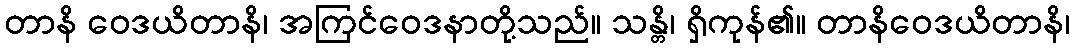
တာနိ ဝေဒယိတာနိ၊ အကြင်ဝေဒနာတို့သည်။ သန္တိ၊ ရှိကုန်၏။ တာနိဝေဒယိတာနိ၊